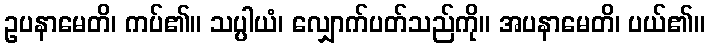
ဥပနာမေတိ၊ ကပ်၏။ သပ္ပါယံ၊ လျှောက်ပတ်သည်ကို။ အပနာမေတိ၊ ပယ်၏။